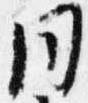
同